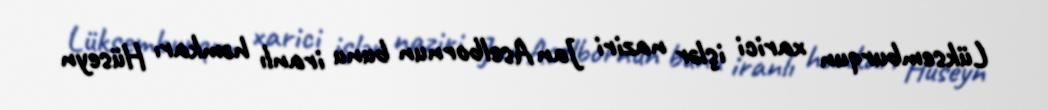
Lüksemburqun xarici işlər naziri Jan Aselbornun bunu iranlı həmkarı Hüseyn